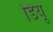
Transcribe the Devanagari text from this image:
डियू